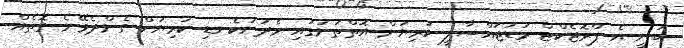
ބުނީ އެ ޕްރޮޖެކްޓް މަޑުޖައްސާލީ ކުރިޔަށް އޮތްތަނުގައި މެދުނުކެނޑި ކުރިޔަށް ގެންދެވޭނެ ގޮތެއް